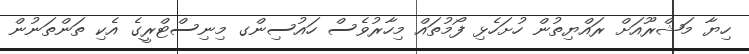
ހިޔާ މަޝްރޫއަށް ރައްޔިތުން ހުށަހެޅި ފޯމުތައް މިހާރުވެސް ހައުސިންގ މިނިސްޓްރީގެ އެކި ތަންތަނުން